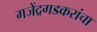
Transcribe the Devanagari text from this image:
गजेंद्रगडकरांचा